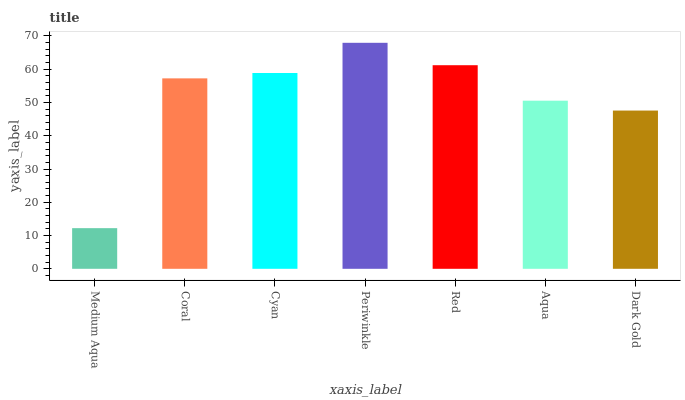
| xaxis_label | bars |
 | --- | --- |
 | Medium Aqua | 12.2 |
 | Coral | 57.3 |
 | Cyan | 58.9 |
 | Periwinkle | 67.9 |
 | Red | 61.2 |
 | Aqua | 50.5 |
 | Dark Gold | 47.6 |